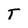
Character: T